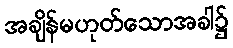
အချိန်မဟုတ်သောအခါ၌